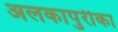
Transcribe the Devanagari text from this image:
अलकापुरीका